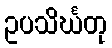
ဥပသိင်္ဃတု